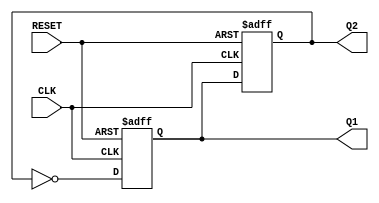
module DualStageJohnsonCounter(
    input wire CLK,        // Clock input
    input wire RESET,      // Reset input
    output reg Q1,        // Output of the first flip-flop
    output reg Q2         // Output of the second flip-flop
);

// Always block triggered on the positive edge of the clock or on reset
always @(posedge CLK or posedge RESET) begin
    if (RESET) begin
        // Reset both counters to initial state
        Q1 <= 1'b0;
        Q2 <= 1'b0;
    end else begin
        // Johnson counter logic
        Q1 <= ~Q2;  // Q1 takes the inverted value of Q2
        Q2 <= Q1;   // Q2 takes the value of Q1
    end
end

endmodule